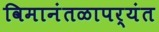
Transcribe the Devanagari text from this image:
विमानंतळापर्यंत